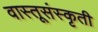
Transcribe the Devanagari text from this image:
वास्तूसंस्कृती